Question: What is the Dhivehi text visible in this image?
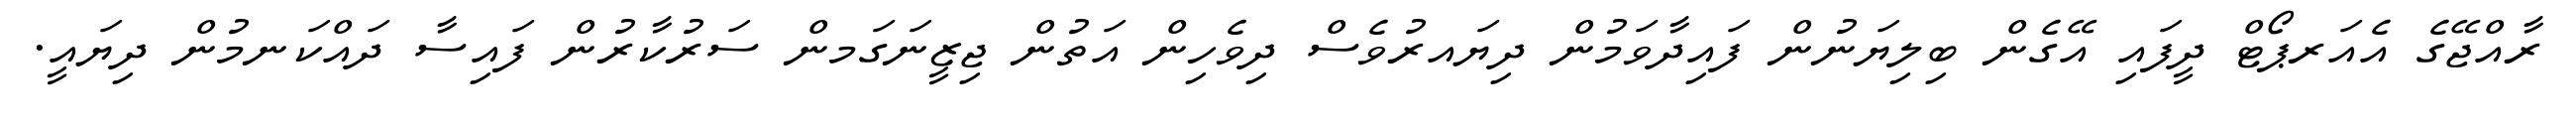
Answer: ރާއްޖޭގެ އެއަރޕޯޓް ދީފައި އޭގެން ބިލިޔަނުން ފައިދާވަމުން ދިޔައރުވެސް ދިވެހިން އަތުން ޖިޒީނަގަމން ސަރުކާރުން ފައިސާ ދައްކަނމުން ދިޔައީ.